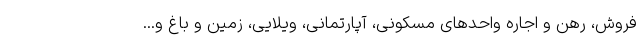
فروش، رهن و اجاره واحدهای مسکونی، آپارتمانی، ویلایی، زمین و باغ و...